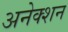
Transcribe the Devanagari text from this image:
अनेक्शन